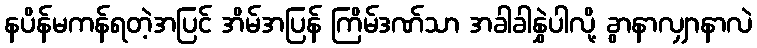
နပိန်မကန်ရတဲ့အပြင် အိမ်အပြန် ကြိမ်ဒဏ်သာ အခါခါနွှဲပါလို့ ခွာနာလျှာနာလဲ